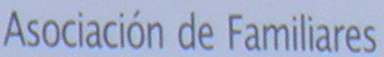
Asociacion de Familiares